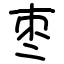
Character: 枣